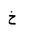
Letter: _kha